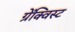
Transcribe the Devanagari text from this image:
ग्रेंक्विस्ट